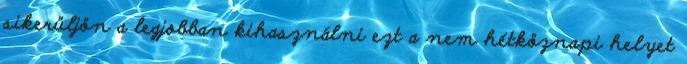
sikerüljön a legjobban kihasználni ezt a nem hétköznapi helyet